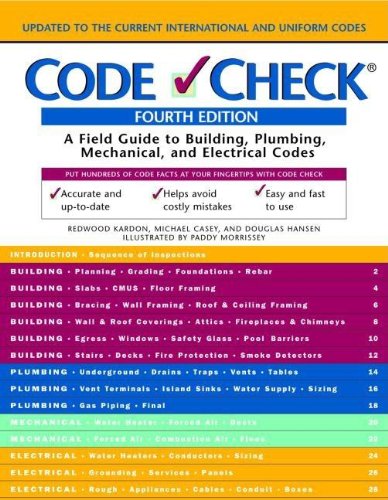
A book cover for Code Check: A Field Guide to Building a Safe House (Code Check: An Illustrated Guide to Building a Safe House); Redwood Kardon; Law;